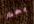
يحث